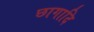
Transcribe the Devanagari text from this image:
छागादि